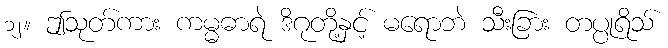
၁၂။ ဤသုတ်ကား ကမ္မဓာရဲ ဒိဂုတို့နှင့် မရောဘဲ သီးခြား တပ္ပုရိသ်